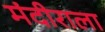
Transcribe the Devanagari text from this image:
मंदीराला